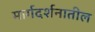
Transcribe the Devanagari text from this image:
मार्गदर्शनातील